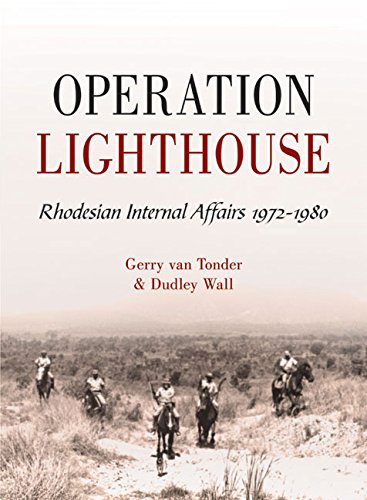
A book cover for Operation Lighthouse: Rhodesian Internal Affairs, 1972-1980; Gerry van Tonder; History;